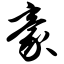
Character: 豪